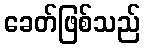
ခေတ်ဖြစ်သည်